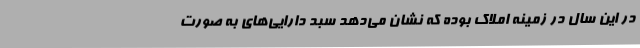
در این سال در زمینه املاک بوده که نشان می‌دهد سبد دارایی‌های به صورت